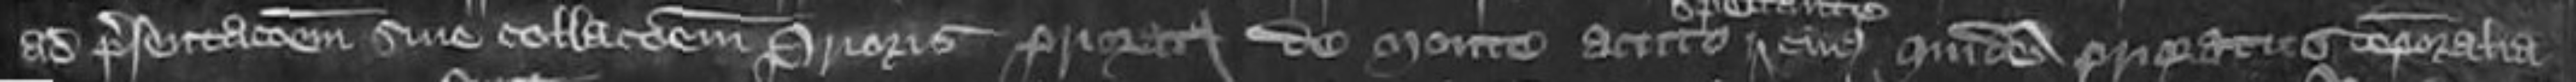
ad presentationem sive collacionem Prioris Prioratus de Monte Acuto spectante cuius quidem Prioratus temporalia